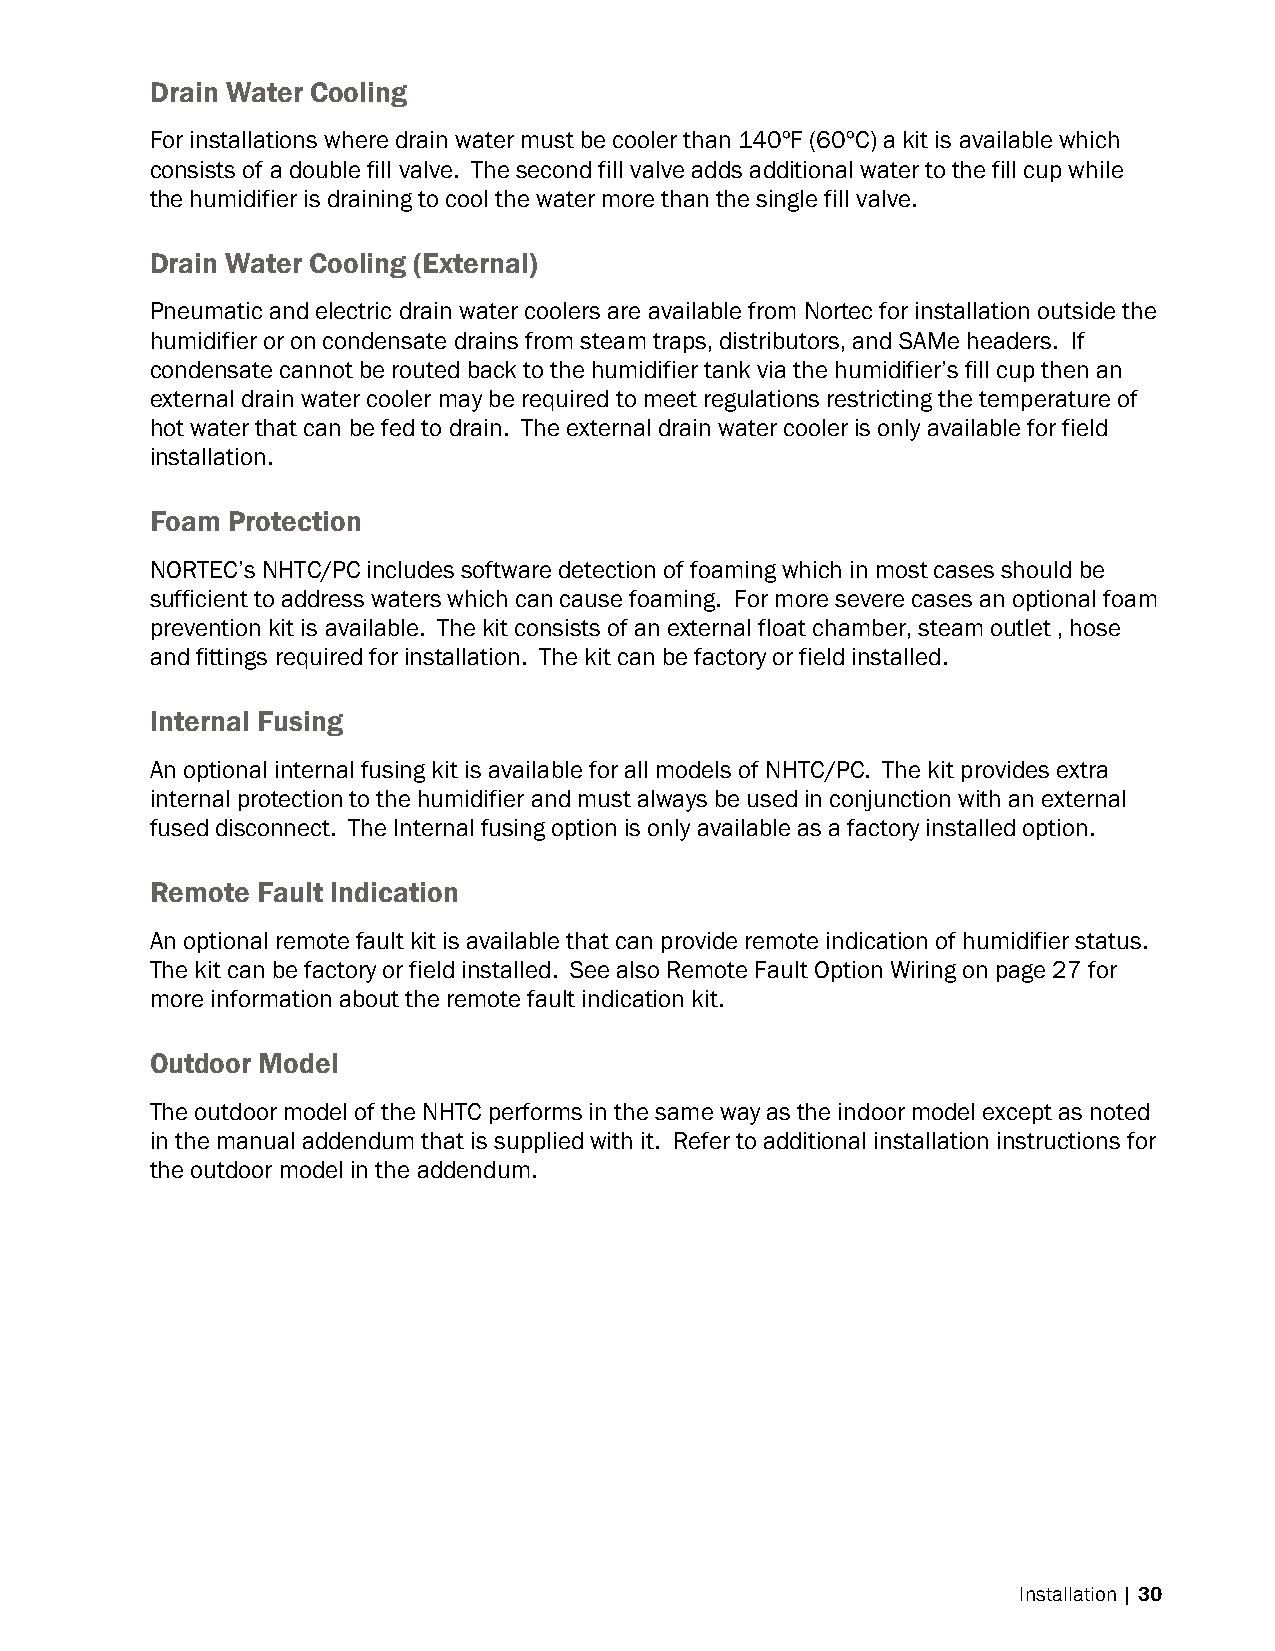
Drain Water Cooling
 For installations where drain water must be cooler than 140ºF (60ºC) a kit is available which
 consists of a double fill valve. The second fill valve adds additional water to the fill cup while
 the humidifier is draining to cool the water more than the single fill valve.
 Drain Water Cooling (External)
 Pneumatic and electric drain water coolers are available from Nortec for installation outside the
 humidifier or on condensate drains from steam traps, distributors, and SAMe headers. If
 condensate cannot be routed back to the humidifier tank via the humidifier’s fill cup then an
 external drain water cooler may be required to meet regulations restricting the temperature of
 hot water that can be fed to drain. The external drain water cooler is only available for field
 installation.
 Foam Protection
 NORTEC’s NHTC/PC includes software detection of foaming which in most cases should be
 sufficient to address waters which can cause foaming. For more severe cases an optional foam
 prevention kit is available. The kit consists of an external float chamber, steam outlet , hose
 and fittings required for installation. The kit can be factory or field installed.
 Internal Fusing
 An optional internal fusing kit is available for all models of NHTC/PC. The kit provides extra
 internal protection to the humidifier and must always be used in conjunction with an external
 fused disconnect. The Internal fusing option is only available as a factory installed option.
 Remote Fault Indication
 An optional remote fault kit is available that can provide remote indication of humidifier status.
 The kit can be factory or field installed. See also Remote Fault Option Wiring on page 27 for
 more information about the remote fault indication kit.
 Outdoor Model
 The outdoor model of the NHTC performs in the same way as the indoor model except as noted
 in the manual addendum that is supplied with it. Refer to additional installation instructions for
 the outdoor model in the addendum.
 Installation | 30